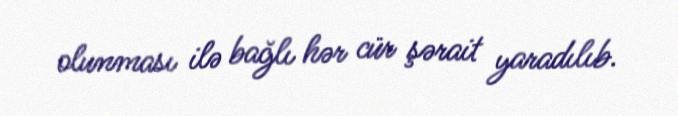
olunması ilə bağlı hər cür şərait yaradılıb.